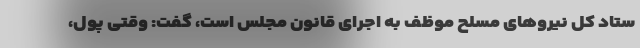
ستاد کل نیروهای مسلح موظف به اجرای قانون مجلس است، گفت: وقتی پول،